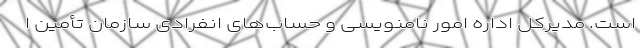
است. مدیرکل اداره امور نامنویسی و حساب‌های انفرادی سازمان تأمین ا